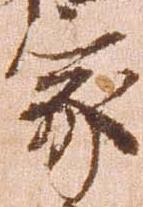
家